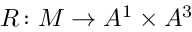
R \colon M \to A ^ { 1 } \times A ^ { 3 }